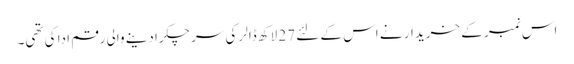
اس نمبر کے خریدار نے اس کے لئے 27 لاکھ ڈالر کی سرچکرادینے والی رقم ادا کی تھی۔